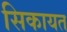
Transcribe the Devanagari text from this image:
सिकायत